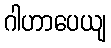
ဂါဟာပေယျ